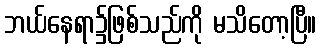
ဘယ်နေရာ၌ဖြစ်သည်ကို မသိတော့ပြီ။